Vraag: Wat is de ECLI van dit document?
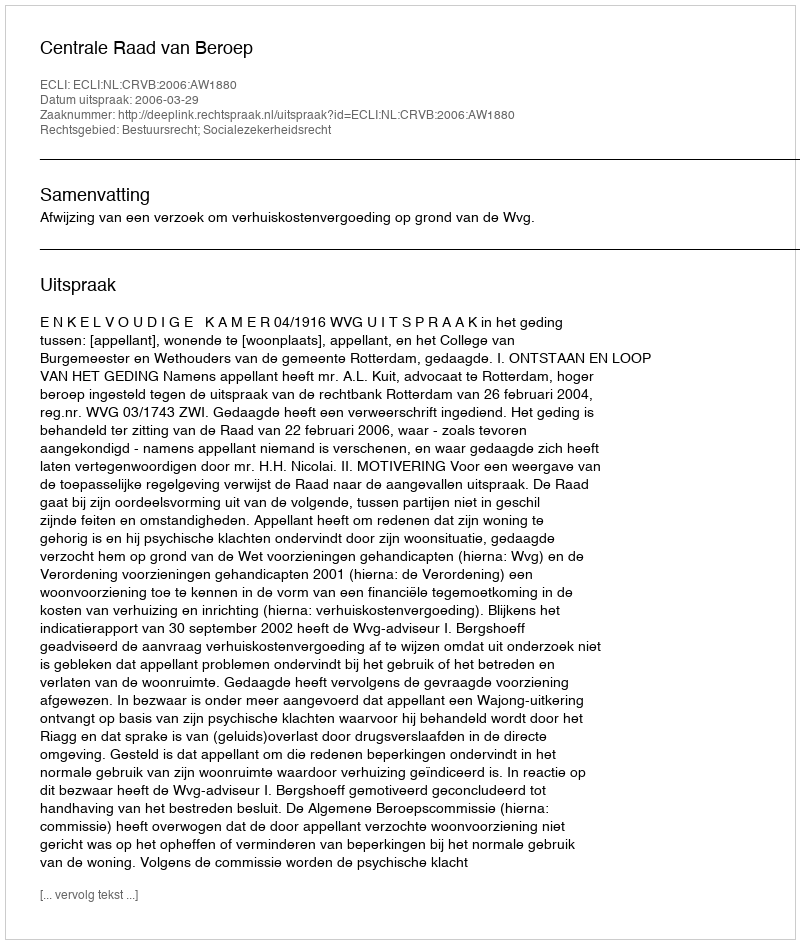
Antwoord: ECLI:NL:CRVB:2006:AW1880